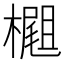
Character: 𣛢